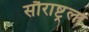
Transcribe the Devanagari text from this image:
सौराष्ट्रला